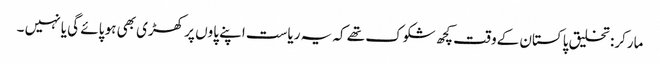
مارکر: تخلیق پاکستان کےو قت کچھ شکوک تھے کہ یہ ریاست اپنے پاوں پر کھڑی بھی ہو پائے گی یا نہیں ۔